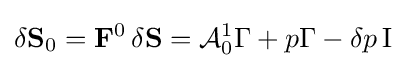
\delta {\bf {S}}_{0}={\bf {F}}^{0}\,\delta {\bf {S}}={\mathcal {A}}_{0}^{1}\Gamma +p\Gamma -\delta p\,{\rm {I}}